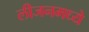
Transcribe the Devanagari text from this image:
लीजनमध्ये